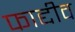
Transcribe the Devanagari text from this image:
फाद्दीव